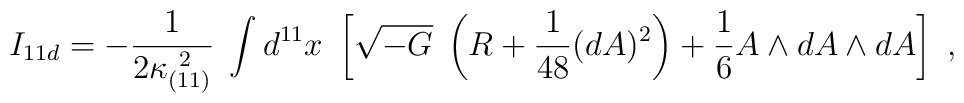
I_{11d} = -{1\over 2\kappa_{(11)}^{\ 2}}\; \int d^{11}x\ \left[  \sqrt{-G}\; \left( R + {1\over 48} (dA)^2 \right) + {1\over 6 } A\wedge  dA\wedge dA  \right] \ ,